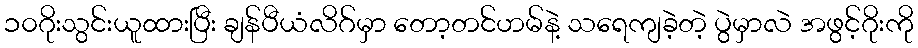
၁၀ဂိုးသွင်းယူထားပြီး ချန်ပီယံလိဂ်မှာ တော့တင်ဟမ်နဲ့ သရေကျခဲ့တဲ့ ပွဲမှာလဲ အဖွင့်ဂိုးကို